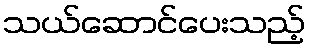
သယ်ဆောင်ပေးသည့်